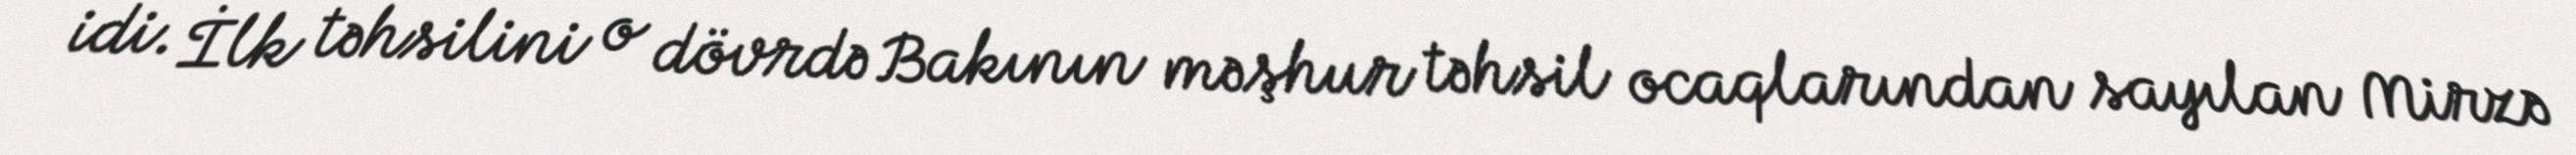
idi. İlk təhsilini o dövrdə Bakının məşhur təhsil ocaqlarından sayılan Mirzə